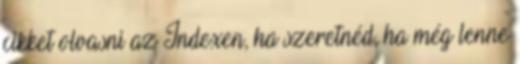
cikket olvasni az Indexen, ha szeretnéd, ha még lenne